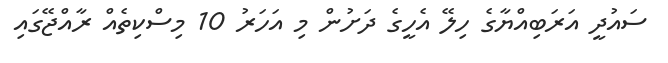
ސައުދީ އަރަބިއްޔާގެ ހިލޭ އެހީގެ ދަށުން މި އަހަރު 10 މިސްކިތެއް ރާއްޖޭގައި